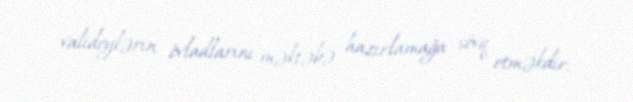
valideylərin övladlarını məktəbə hazırlamağa sövq etməkdir.